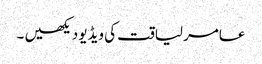
عامر لیاقت کی ویڈیو دیکھیں ۔